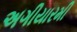
અગીયારમી